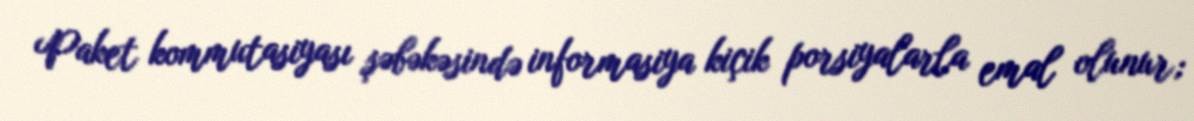
Paket kommutasiyası şəbəkəsində informasiya kiçik porsiyalarla emal olunur;